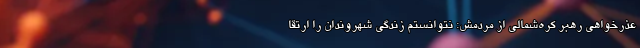
عذرخواهی رهبر کره‌شمالی از مردمش: نتوانستم زندگی شهروندان را ارتقا